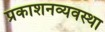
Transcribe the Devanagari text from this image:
प्रकाशनव्यवस्था